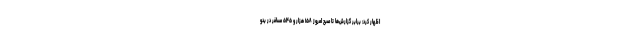
اظهار کرد: برابر گزارش‌ها تا صبح امروز ۱۵۸ هزار و ۵۴۵ مسافر در بدو